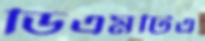
ডিএমটিএ